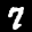
Label: 7